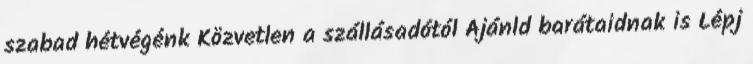
szabad hétvégénk Közvetlen a szállásadótól Ajánld barátaidnak is Lépj